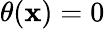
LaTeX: \theta(\mathbf{x})=0